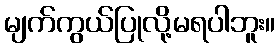
မျက်ကွယ်ပြုလို့မရပါဘူး။